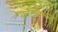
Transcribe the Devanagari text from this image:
कल्लिक्कडु